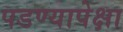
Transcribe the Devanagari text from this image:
पडण्यापेक्षा